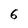
Character: 6